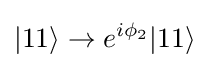
|11\rangle \rightarrow e^{i\phi _{2}}|11\rangle